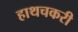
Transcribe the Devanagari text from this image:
हाथचकरी